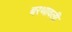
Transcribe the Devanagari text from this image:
बरथावली